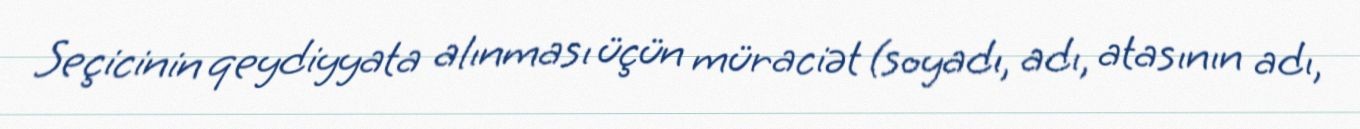
Seçicinin qeydiyyata alınması üçün müraciət (soyadı, adı, atasının adı,